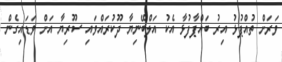
ވަރަށް ތުއްޕުޅު އިރު ބައްޕާފުޅާ އެކު އަލްބޭނިޔާ ދޫކުރައްވައި ސޫރިޔާ އަށް ވަޑައިގެން